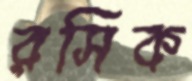
রসিক